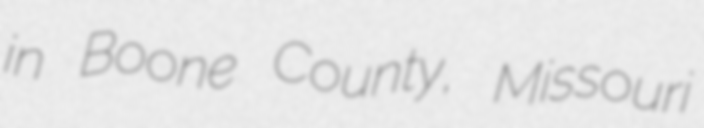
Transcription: in Boone County, Missouri